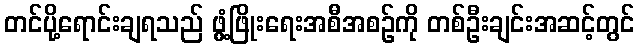
တင်ပို့ရောင်းချရသည် ဖွံ့ဖြိုးရေးအစီအစဉ်ကို တစ်ဦးချင်းအဆင့်တွင်